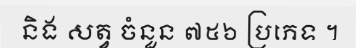
និង សត្វ ចំនួន ៧៥៦ ប្រភេទ ។